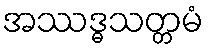
အဿဒ္ဓသတ္တမံ